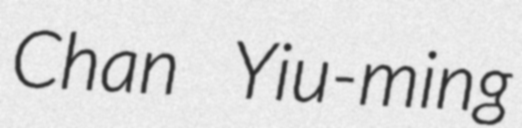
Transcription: Chan Yiu-ming